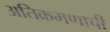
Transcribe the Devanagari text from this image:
अतिक्रमणाची